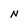
Character: N